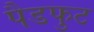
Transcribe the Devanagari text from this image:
पैडफुट